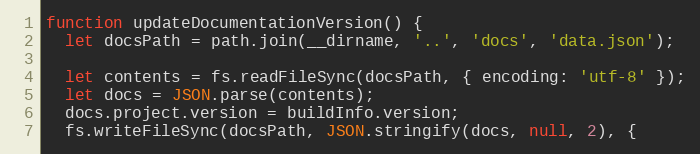
Language: JavaScript
function updateDocumentationVersion() {
  let docsPath = path.join(__dirname, '..', 'docs', 'data.json');

  let contents = fs.readFileSync(docsPath, { encoding: 'utf-8' });
  let docs = JSON.parse(contents);
  docs.project.version = buildInfo.version;
  fs.writeFileSync(docsPath, JSON.stringify(docs, null, 2), {